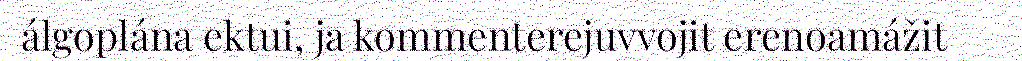
álgoplána ektui, ja kommenterejuvvojit erenoamážit